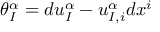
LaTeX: \theta _ { I } ^ { \alpha } = d u _ { I } ^ { \alpha } - u _ { I , i } ^ { \alpha } d x ^ { i }